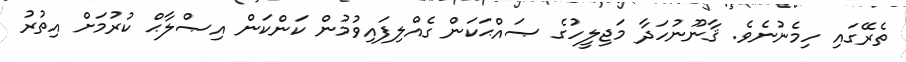
ތެރޭގައި ހިމެނުނެވެ. ޤާނޫނުހަދާ މަޖިލީހުގެ ޞައްޙަކަން ގެއްލިފައިވުމުން ކަންކަން އިޞްލާޙް ކުރުމަށް އިތުރު